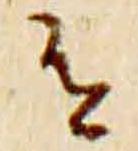
有